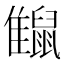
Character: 𪕪